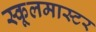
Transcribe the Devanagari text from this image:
स्कूलमास्टर